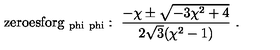
\mathrm { z e r o e s f o r g _ { \ p h i \ p h i } } : \ { \frac { - \chi \pm \sqrt { - 3 \chi ^ { 2 } + 4 } } { 2 \sqrt { 3 } ( \chi ^ { 2 } - 1 ) } } \ .